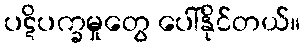
ပဋိပက္ခမှုတွေ ပေါ်နိုင်တယ်။